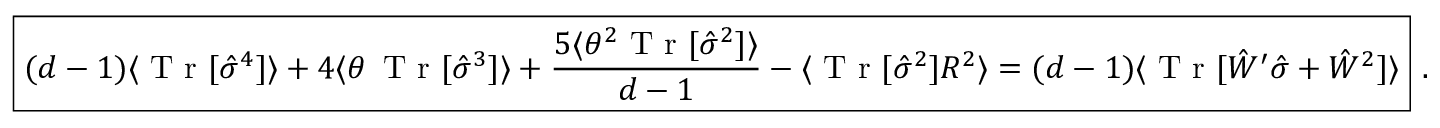
\boxed { ( d - 1 ) \langle \textrm { T r } [ \hat { \sigma } ^ { 4 } ] \rangle + 4 \langle \theta \, \textrm { T r } [ \hat { \sigma } ^ { 3 } ] \rangle + \frac { 5 \langle \theta ^ { 2 } \textrm { T r } [ \hat { \sigma } ^ { 2 } ] \rangle } { d - 1 } - \langle \textrm { T r } [ \hat { \sigma } ^ { 2 } ] R ^ { 2 } \rangle = ( d - 1 ) \langle \textrm { T r } [ \hat { W } ^ { \prime } \hat { \sigma } + \hat { W } ^ { 2 } ] \rangle } \ .